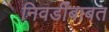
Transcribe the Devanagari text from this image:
निवडींबाबत